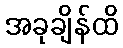
အခုချိန်ထိ